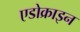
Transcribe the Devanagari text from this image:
एडोक्राइन